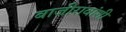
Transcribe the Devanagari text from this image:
बाजीरावांशी